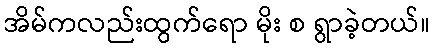
အိမ်ကလည်းထွက်ရော မိုး စ ရွာခဲ့တယ်။